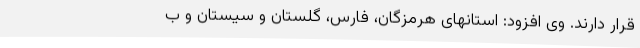
قرار دارند. وی افزود: استانهای هرمزگان، فارس، گلستان و سیستان و ب